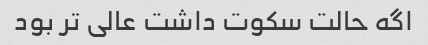
اگه حالت سکوت داشت عالی تر بود